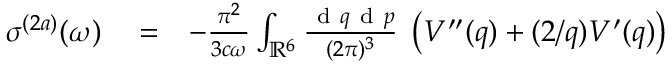
\begin{array} { r l r } { \sigma ^ { ( 2 a ) } ( \omega ) } & { { } = } & { - \frac { \pi ^ { 2 } } { 3 c \omega } \int _ { \mathbb { R } ^ { 6 } } \frac { \ensuremath { \mathrm { ~ d ~ } } \b { q } \ensuremath { \mathrm { ~ d ~ } } \b { p } } { ( 2 \pi ) ^ { 3 } } \; \left( V ^ { \prime \prime } ( q ) + ( 2 / q ) V ^ { \prime } ( q ) \right) } \end{array}